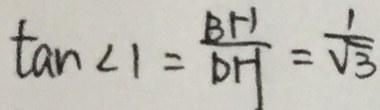
\tan \angle 1 = \frac { B H } { D H } = \frac { 1 } { \sqrt { 3 } }